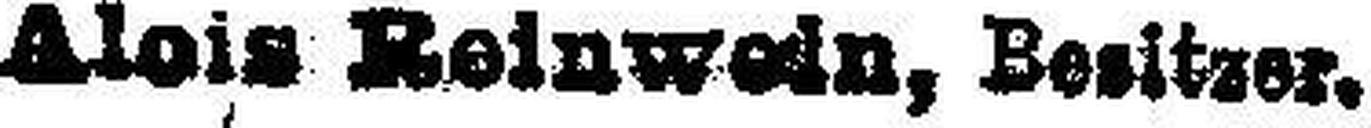
Alois Reinwein, Besitzer.